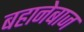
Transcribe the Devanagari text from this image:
बहानेबाज